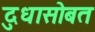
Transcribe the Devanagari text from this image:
दुधासोबत